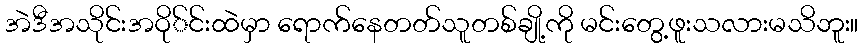
အဲဒီအသိုင်းအဝို်င်းထဲမှာ ရောက်နေတတ်သူတစ်ချို့ကို မင်းတွေ့ဖူးသလားမသိဘူး။